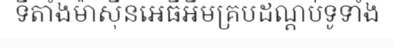
ទីតាំងម៉ាស៊ីនអេធីអឹមគ្របដណ្តប់ទូទាំង